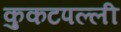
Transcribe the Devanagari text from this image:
कुकटपल्ली